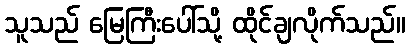
သူသည် မြေကြီးပေါ်သို့ ထိုင်ချလိုက်သည်။